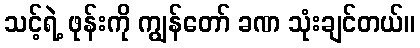
သင့်ရဲ့ ဖုန်းကို ကျွန်တော် ခဏ သုံးချင်တယ်။